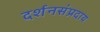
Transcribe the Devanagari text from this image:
दर्शनसंप्रदाय